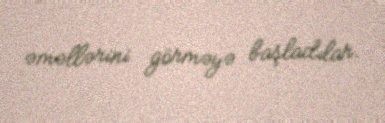
əməllərini görməyə başladılar.